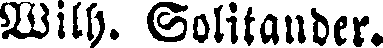
Wilh. Solitander.